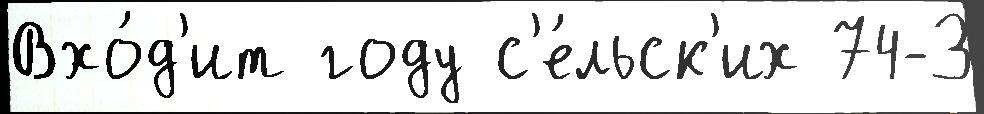
Вхо́д'ит году с'е́льск'их 74-З